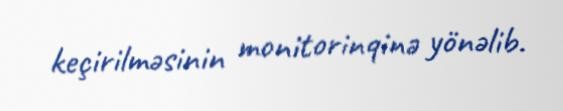
keçirilməsinin monitorinqinə yönəlib.